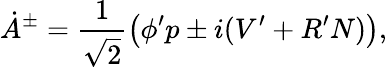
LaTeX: \dot{A}{}^{\pm}=\frac{1}{\sqrt{2}}\left(\phi^{\prime}p\pm i(V^{\prime}+R^{\prime}N)\right),